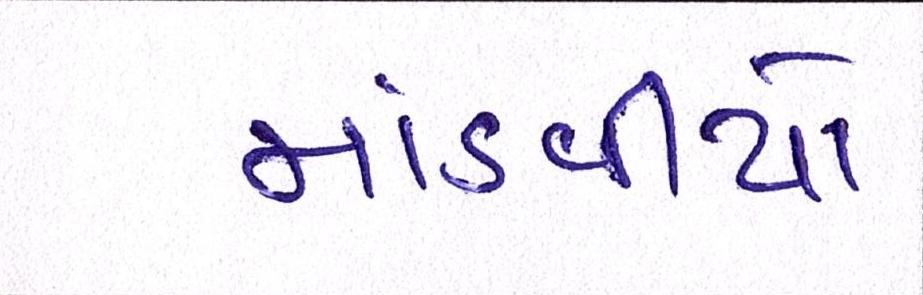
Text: માંડવીયો